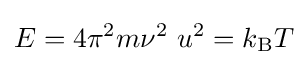
E=4\pi ^{2}m\nu ^{2}~u^{2}=k_{\rm {B}}T